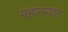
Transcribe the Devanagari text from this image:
महात्म्यात